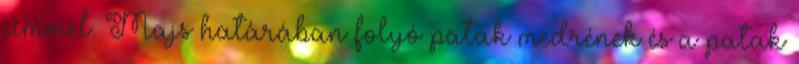
címmel. Majs határában folyó patak medrének és a patak